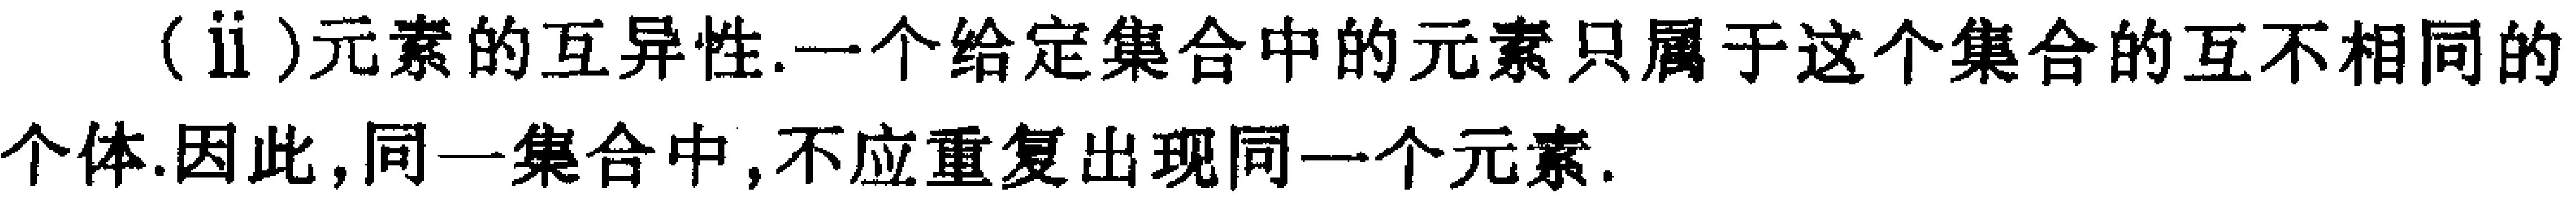
(ii)元素的互异性.一个给定集合中的元素只属于这个集合的互不相同的个体.因此,同一集合中,不应重复出现同一个元素.